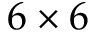
6 \times 6